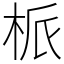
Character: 㭛